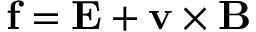
\mathbf { f } = \mathbf { E } + \mathbf { v } \times \mathbf { B }